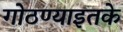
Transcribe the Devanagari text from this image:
गोठण्याइतके